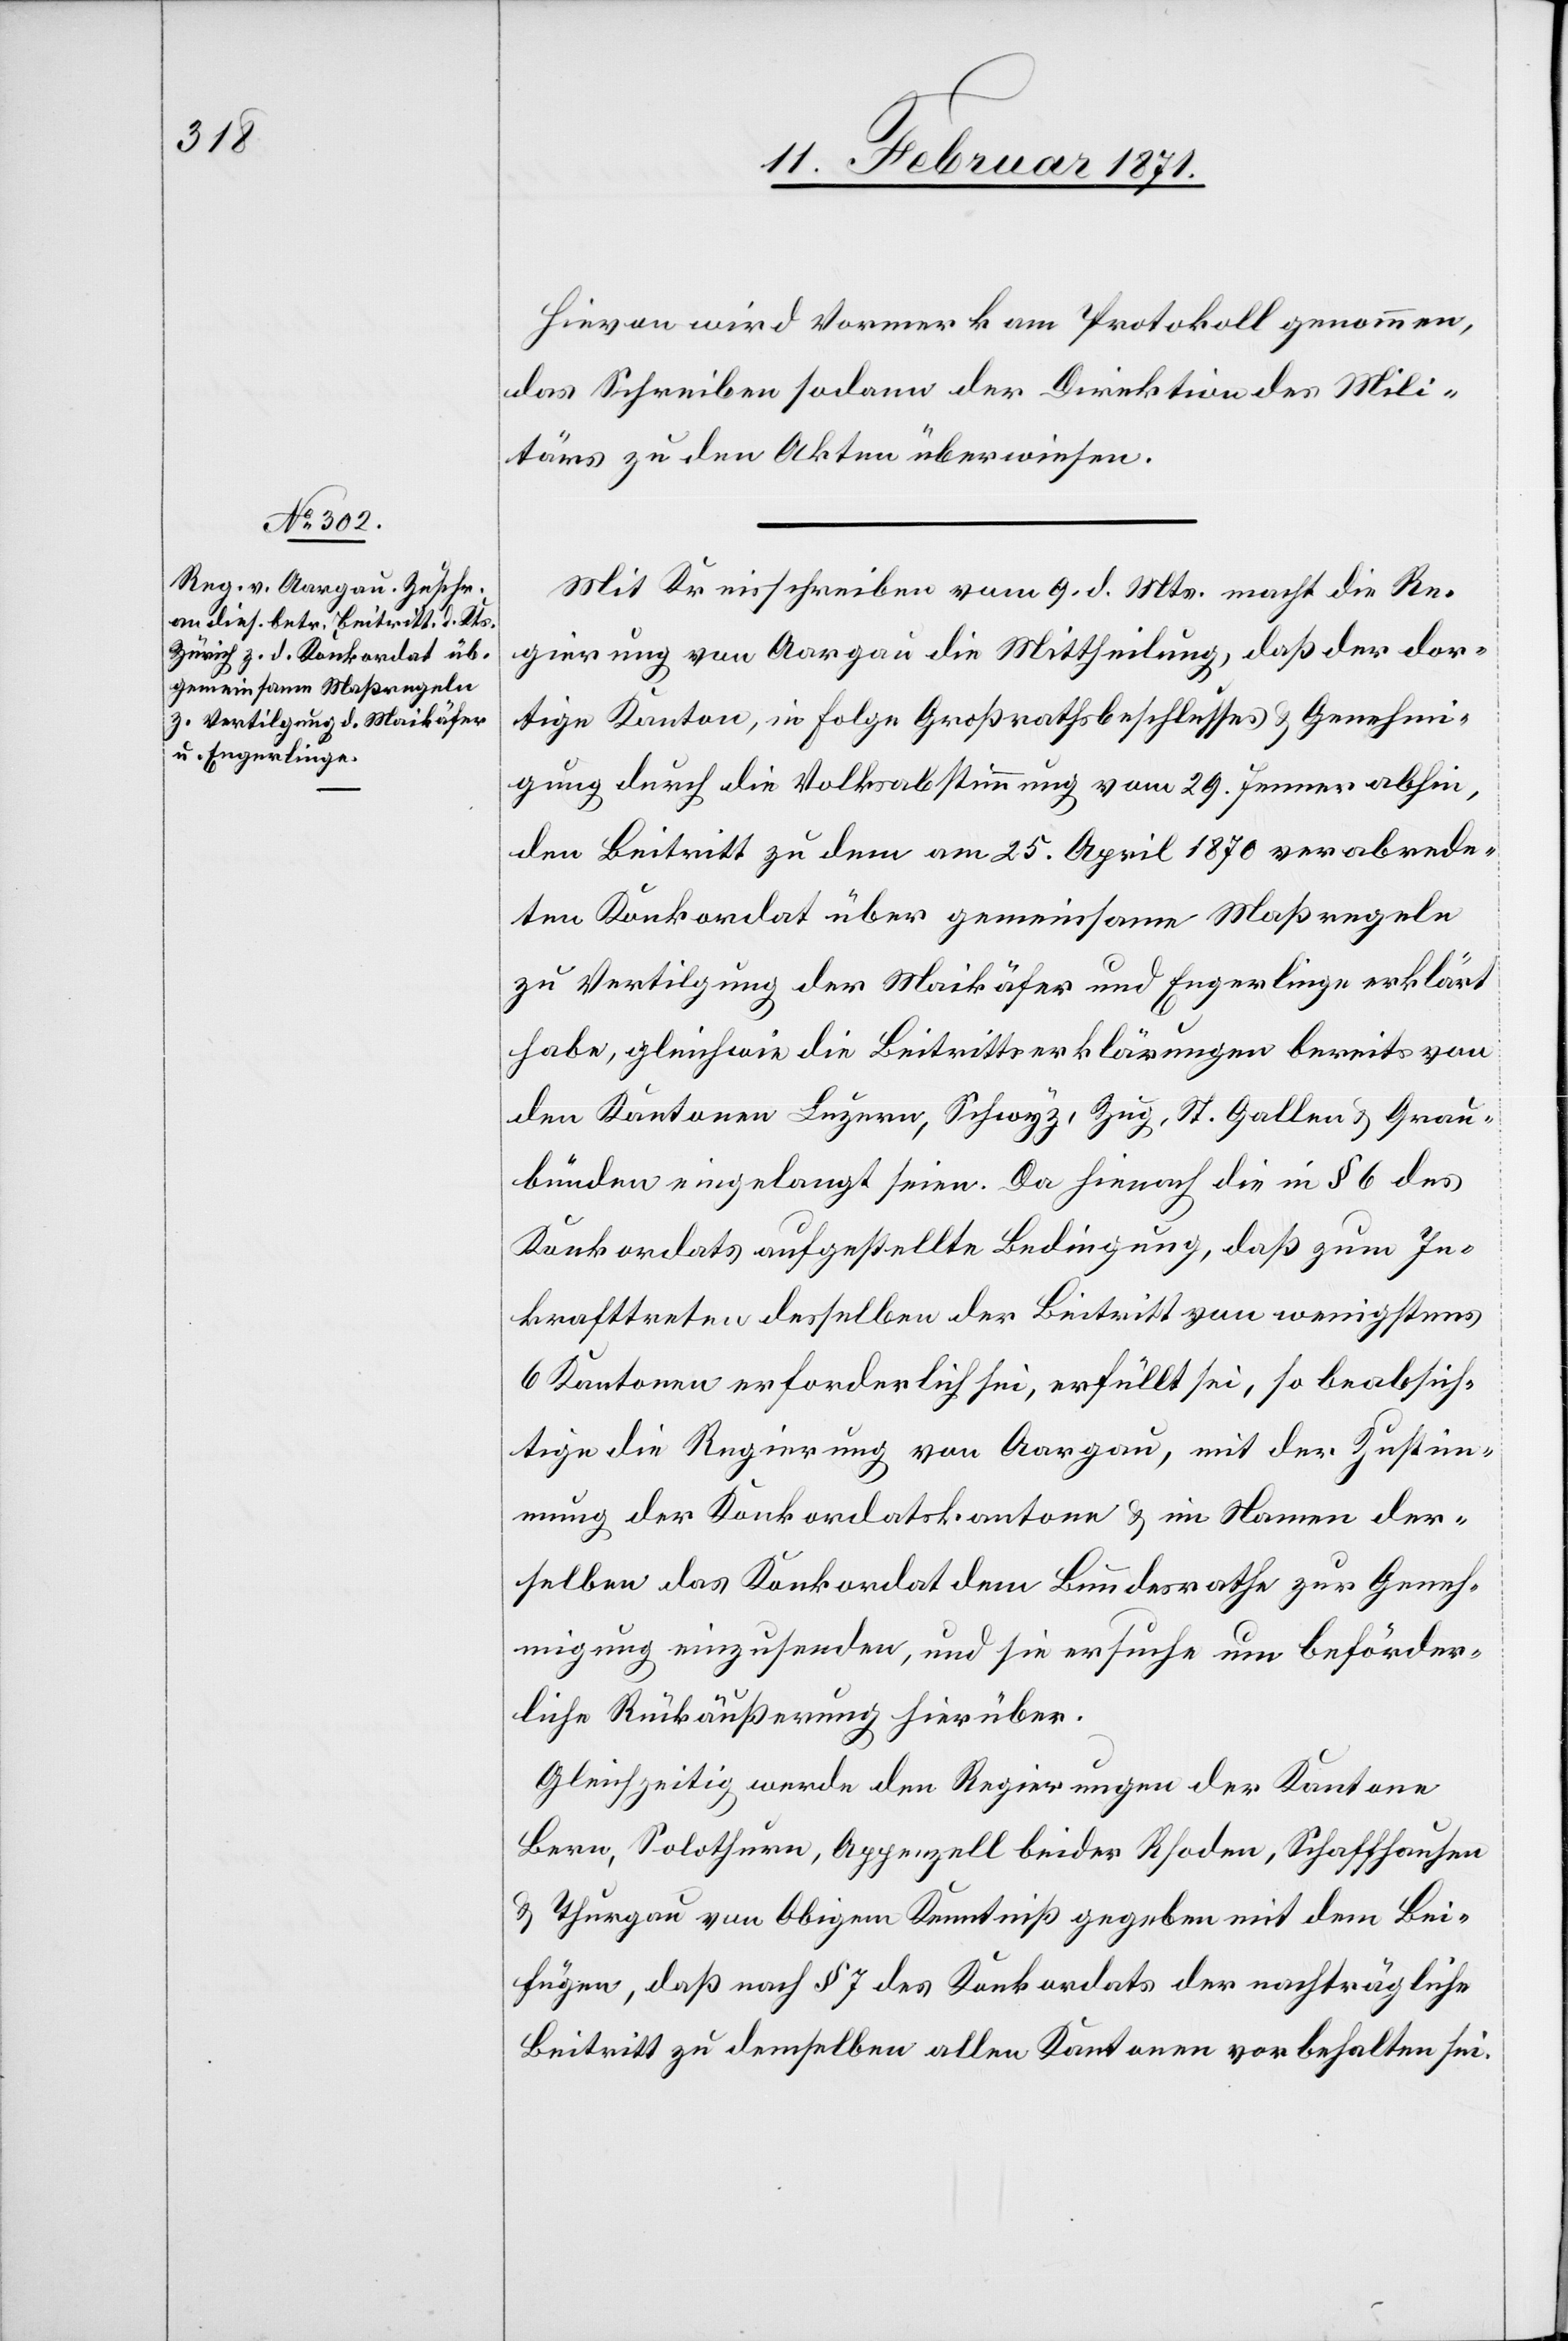
Hievon wird Vormerk am Protokoll genommen,
das Schreiben sodann der Direktion des Mili¬
tärs zu den Akten überwiesen.
Mit Kreisschreiben vom 9. d. Mts. macht die Re¬
gierung von Aargau die Mittheilung, daß der dor¬
tige Kanton, in Folge Großrathsbeschlusses u. Genehmi¬
gung durch die Volksabstimmung vom 29. Jenner abhin,
den Beitritt zu dem am 25. April 1870 verabrede¬
ten Konkordat über gemeinsame Maßregeln
zu Vertilgung der Maikäfer und Engerlinge erklärt
habe, gleichwie die Beitrittserklärungen bereits von
den Kantonen Luzern, Schwyz, Zug, St. Gallen u. Grau¬
bünden eingelangt seien. Da hienach die in § 6 des
Konkordats aufgestellte Bedingung, daß zum In¬
krafttreten desselben der Beitritt von wenigstens
6 Kantonen erforderlich sei, erfüllt sei, so beabsich¬
tige die Regierung von Aargau, mit der Zustim¬
mung der Konkordatskantone u. im Namen der¬
selben das Konkordat dem Bundesrathe zur Geneh¬
migung einzusenden, und sie ersuche um beförder¬
liche Rückäußerung hierüber.
Gleichzeitig werde den Regierungen der Kantone
Bern, Solothurn, Appenzell beider Rhoden, Schaffhausen
u. Thurgau von Obigem Kenntniß gegeben mit dem Bei¬
fügen, daß nach § 7 des Konkordats der nachträgliche
Beitritt zu demselben allen Kantonen vorbehalten sei.